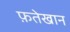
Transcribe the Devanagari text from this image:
फ़तेखान